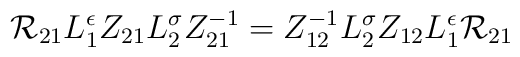
{\cal R}_{21}L_{1}^{\epsilon}Z_{21}L_{2}^{\sigma}Z_{21}^{-1} =Z_{12}^{-1}L_{2}^{\sigma}Z_{12}L_{1}^{\epsilon}{\cal R}_{21}